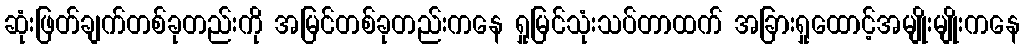
ဆုံးဖြတ်ချက်တစ်ခုတည်းကို အမြင်တစ်ခုတည်းကနေ ရှုမြင်သုံးသပ်တာထက် အခြားရှုထောင့်အမျိုးမျိုးကနေ